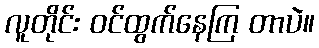
လူတိုင်း ဝင်ထွက်နေကြ တာပဲ။